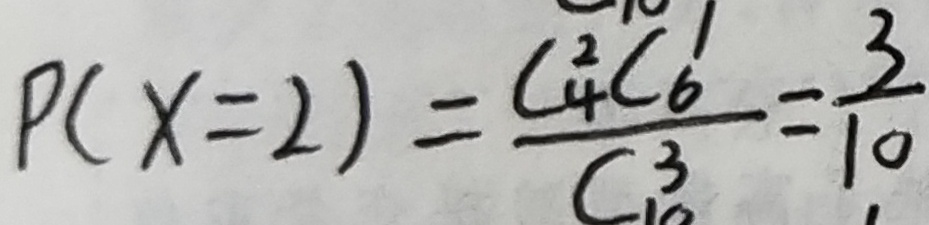
P ( x = 2 ) = \frac { C _ { 4 } ^ { 2 } C _ { 6 } ^ { 1 } } { C _ { 1 0 } ^ { 3 } } = \frac { 3 } { 1 0 }